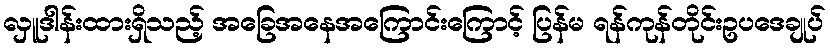
လှူဒါန်းထားရှိသည့် အခြေအနေအကြောင်းကြောင့် ပြန်မ ရန်ကုန်တိုင်းဥပဒေချုပ်